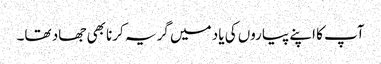
آپ کا اپنے پیاروں کی یاد میں گریہ کرنا بھی جھاد تھا۔